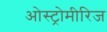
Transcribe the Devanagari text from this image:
ओस्ट्रोमीरिज